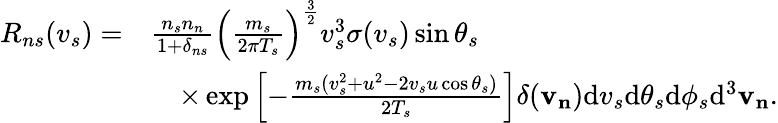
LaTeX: \begin{array}{rl}{R_{ns}(v_{s})=}&{\frac{n_{s}n_{n}}{1+\delta_{ns}}\left(\frac{m_{s}}{2\pi T_{s}}\right)^{\frac{3}{2}}v_{s}^{3}\sigma(v_{s})\sin\theta_{s}}\\ &{\quad\times\exp\left[-\frac{m_{s}(v_{s}^{2}+u^{2}-2v_{s}u\cos\theta_{s})}{2T_{s}}\right]\delta(\mathbf{v_{n}})\mathrm{d}v_{s}\mathrm{d}\theta_{s}\mathrm{d}\phi_{s}\mathrm{d}^{3}\mathbf{v_{n}}.}\end{array}